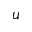
u